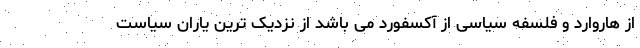
از هاروارد و فلسفه سیاسی از آکسفورد می باشد از نزدیک ترین یاران سیاست